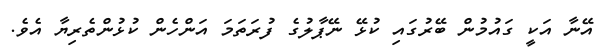
އޭނާ އަކީ ގައުމުން ބޭރުގައި ކުޅޭ ނޭޕާލުގެ ފުރަތަމަ އަންހެން ކުޅުންތެރިޔާ އެވެ.